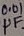
Text: 0.01µF